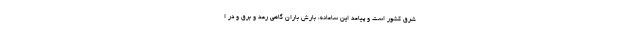
شرق کشور است و پیامد این سامانه، بارش باران گاهی رعد و برق و در ا